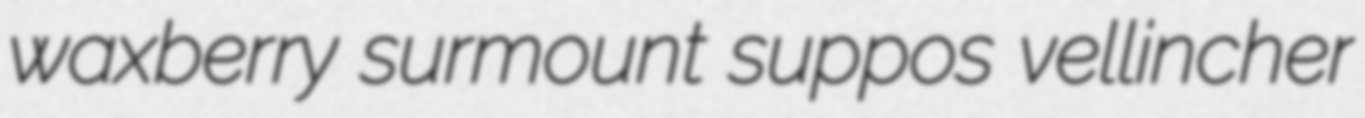
waxberry surmount suppos vellincher